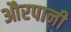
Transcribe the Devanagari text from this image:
औरपानी